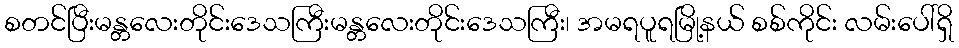
စတင်ပြီးမန္တလေးတိုင်းဒေသကြီးမန္တလေးတိုင်းဒေသကြီး၊ အမရပူရမြို့နယ် စစ်ကိုင်း လမ်းပေါ်ရှိ